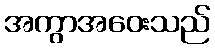
အကွာအဝေးသည်